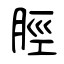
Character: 脛